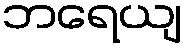
ဘရေယျ